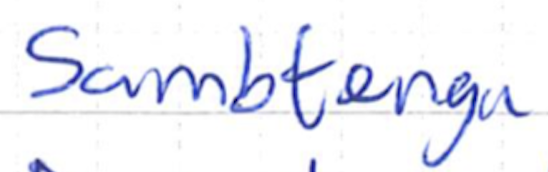
Text: Sambtenga
Cross-out: clean
Writing tool: ballpoint